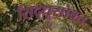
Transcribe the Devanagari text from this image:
सिद्धूसोबत